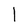
Character: l